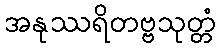
အနုဿရိတဗ္ဗသုတ္တံ